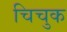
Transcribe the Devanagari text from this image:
चिचुक